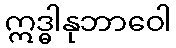
ဣဒ္ဓါနုဘာဝေါ